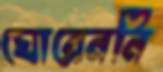
ঘোরেননি